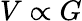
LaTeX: V\propto G